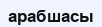
арабшасы